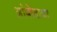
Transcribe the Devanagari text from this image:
आंबोळया